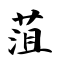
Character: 菹